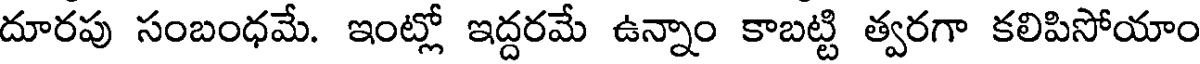
దూరపు సంబంధమే. ఇంట్లో ఇద్దరమే ఉన్నాం కాబట్టి త్వరగా కలిపిసోయాం